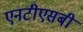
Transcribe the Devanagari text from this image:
एनटीएसबी